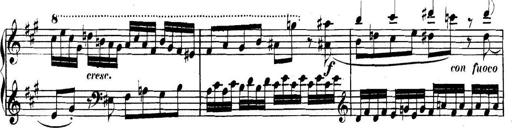
Title: Collected Piano Sonatas
Composer: Muzio Clementi